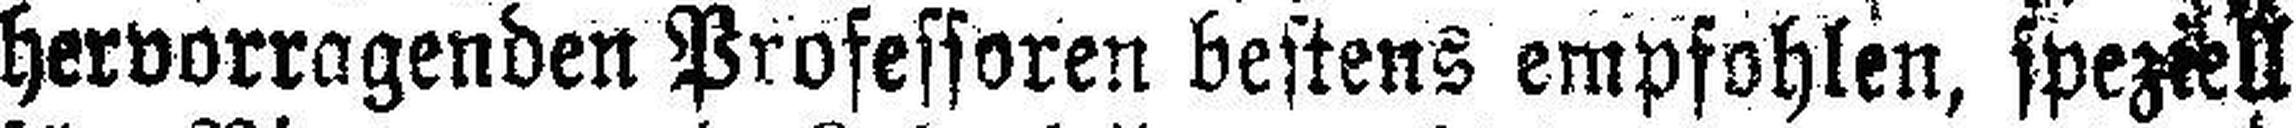
hervorragenden Professoren bestens empfohlen, speziell